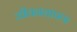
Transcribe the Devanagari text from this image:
जीवनयापण